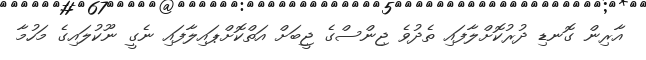
އާރިން ގޮނޑި ދުރުކޮށްލާފައި ތެދުވެ ޖިންސްގެ ޖީބަށް އަތްކޮށްޕައިލާފައި ނެގީ ނޫކުލައިގެ މަހުމާ